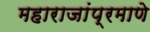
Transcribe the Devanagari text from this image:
महाराजांप्रमाणे